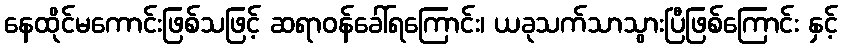
နေထိုင်မကောင်းဖြစ်သဖြင့် ဆရာဝန်ခေါ်ရကြောင်း၊ ယခုသက်သာသွားပြီဖြစ်ကြောင်း နှင့်